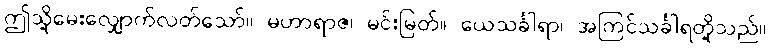
ဤသို့မေးလျှောက်လတ်သော်။ မဟာရာဇ၊ မင်းမြတ်။ ယေသင်္ခါရာ၊ အကြင်သင်္ခါရတို့သည်။